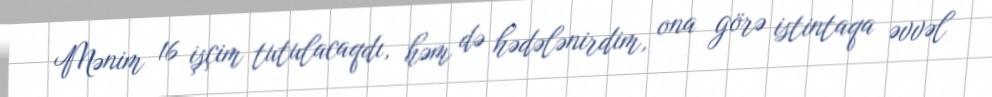
Mənim 16 işçim tutulacaqdı, həm də hədələnirdim, ona görə istintaqa əvvəl